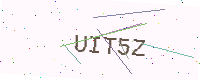
Text: UIT5Z